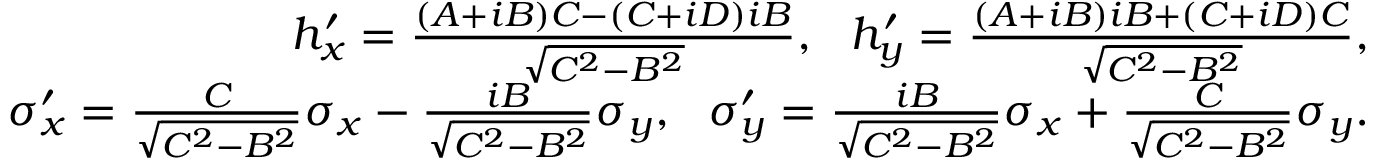
\begin{array} { r } { h _ { x } ^ { \prime } = \frac { ( A + i B ) C - ( C + i D ) i B } { \sqrt { C ^ { 2 } - B ^ { 2 } } } , ~ ~ h _ { y } ^ { \prime } = \frac { ( A + i B ) i B + ( C + i D ) C } { \sqrt { C ^ { 2 } - B ^ { 2 } } } , } \\ { \sigma _ { x } ^ { \prime } = \frac { C } { \sqrt { C ^ { 2 } - B ^ { 2 } } } \sigma _ { x } - \frac { i B } { \sqrt { C ^ { 2 } - B ^ { 2 } } } \sigma _ { y } , ~ ~ \sigma _ { y } ^ { \prime } = \frac { i B } { \sqrt { C ^ { 2 } - B ^ { 2 } } } \sigma _ { x } + \frac { C } { \sqrt { C ^ { 2 } - B ^ { 2 } } } \sigma _ { y } . } \end{array}